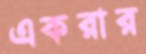
একরার